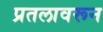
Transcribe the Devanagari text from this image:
प्रतलावरून